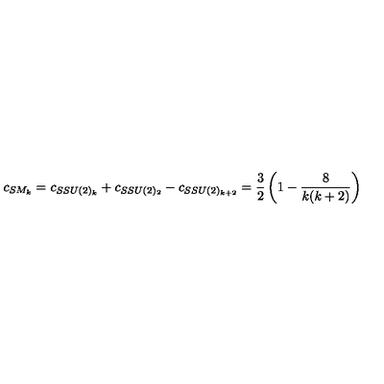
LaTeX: c _ { S M _ { k } } = c _ { S S U ( 2 ) _ { k } } + c _ { S S U ( 2 ) _ { 2 } } - c _ { S S U ( 2 ) _ { k + 2 } } = \frac { 3 } { 2 } \left( 1 - \frac { 8 } { k ( k + 2 ) } \right)